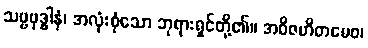
သဗ္ဗဗုဒ္ဓါနံ၊ အလုံးစုံသော ဘုရားရှင်တို့၏။ အဝိဇဟိတမေဝ၊